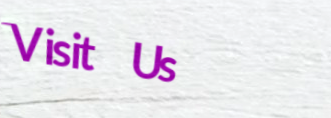
Visit Us